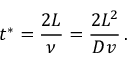
t ^ { * } = \frac { 2 L } { \nu } = \frac { 2 L ^ { 2 } } { D v } \, .